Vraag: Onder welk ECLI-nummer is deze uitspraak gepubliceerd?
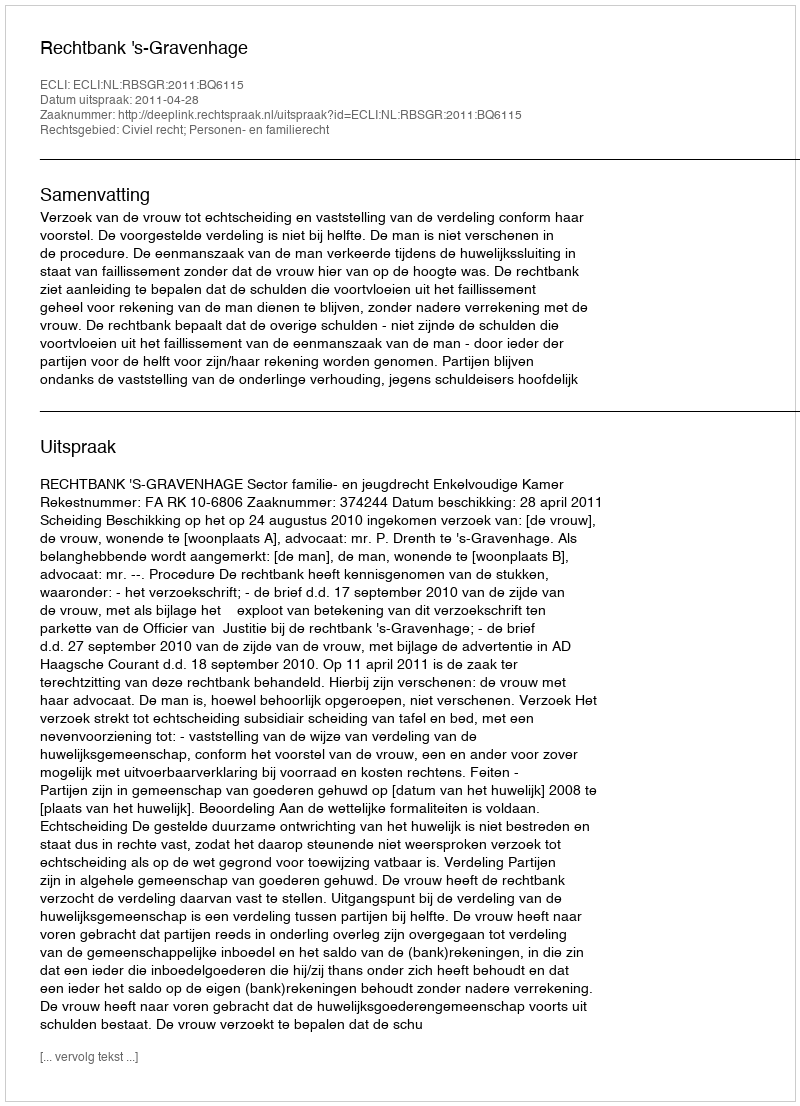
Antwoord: ECLI:NL:RBSGR:2011:BQ6115